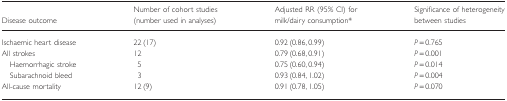
| Disease outcome | Number of cohort studies (number used in analyses) | Adjusted RR (95% CI) for milk/dairy consumption* | Significance of heterogeneity between studies |
 | --- | --- | --- | --- |
 | Ischaemic heart disease | 22 (17) | 0.92 (0.86, 0.99) | P = 0.765 |
 | All strokes | 12 | 0.79 (0.68, 0.91) | P = 0.001 |
 | Haemorrhagic stroke | 5 | 0.75 (0.60, 0.94) | P = 0.014 |
 | Subarachnoid bleed | 3 | 0.93 (0.84, 1.02) | P = 0.004 |
 | All-cause mortality | 12 (9) | 0.91 (0.78, 1.05) | P = 0.070 |